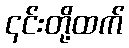
၎င်းတို့ထက်